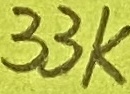
Text: 33K